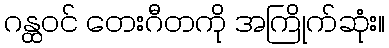
ဂန္ထဝင် တေးဂီတကို အကြိုက်ဆုံး။